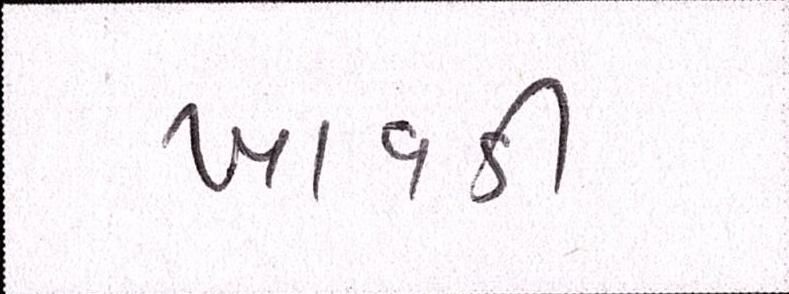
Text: ખાવડી